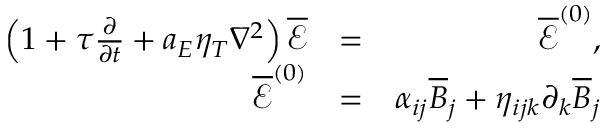
\begin{array} { r l r } { \left( 1 + \tau \frac { \partial } { \partial t } + a _ { E } \eta _ { T } \nabla ^ { 2 } \right) \overline { { \boldsymbol { \mathcal { E } } } } } & { = } & { \overline { { \boldsymbol { \mathcal { E } } } } ^ { ( 0 ) } , } \\ { \overline { { \boldsymbol { \mathcal { E } } } } ^ { ( 0 ) } } & { = } & { \alpha _ { i j } \overline { { B } } _ { j } + \eta _ { i j k } \partial _ { k } \overline { { B } } _ { j } } \end{array}